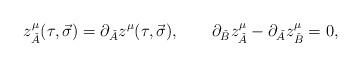
LaTeX: \begin{align*}z^{\mu}_{\check A}(\tau ,\vec \sigma )=\partial_{\check A}z^{\mu}(\tau ,\vec \sigma ),\quad\quad\partial_{\check B}z^{\mu}_{\check A}-\partial_{\check A}z^{\mu}_{\check B}=0,\end{align*}